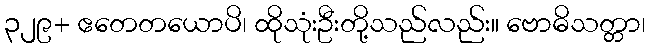
၃၂၉+ ဧတေတယောပိ၊ ထိုသုံးဦးတို့သည်လည်း။ ဗောဓိသတ္တာ၊